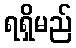
ရရှိမည်